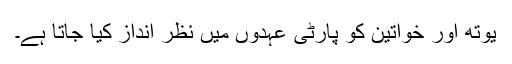
یوتھ اور خواتین کو پارٹی عہدوں میں نظر انداز کیا جاتا ہے۔